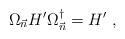
LaTeX: \begin{align*}\Omega_{\vec{n}} H' \Omega_{\vec{n}}^{\dagger} = H' \ ,\end{align*}